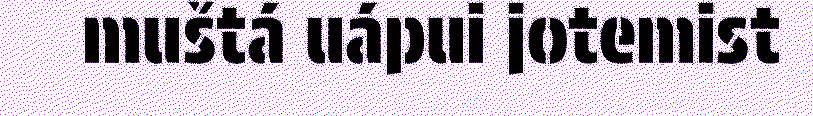
muštá uápui jotemist